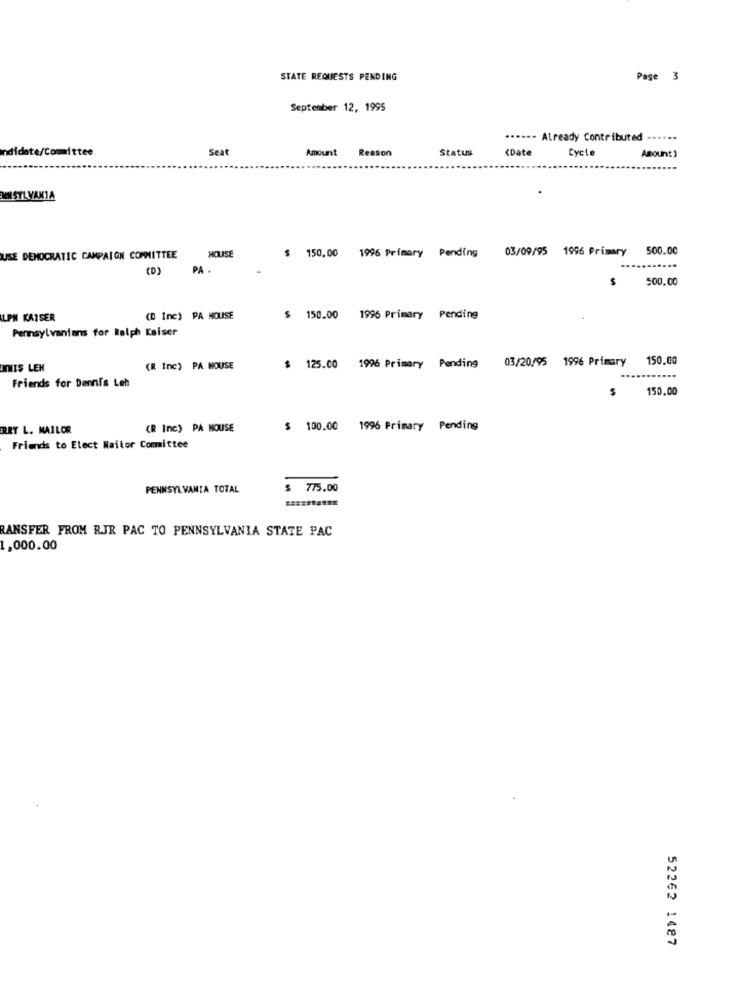
STATE REQUESTS PENDING
Page 3
September 12, 1995
.----- Atready Contributed --....
Seat
Amount Reason
Status
(Date
Cycte
Amount)
WM SYL VANIA
150,00 1996 Primary Pending
03/09/95 1996 Primary
500.00
USE DEMOCRATIC CAMPAIGN COMMITTEE
HOLISE
(D)
PA
$
500.00
LPN KAISER
(D Inc) PA HOUSE
$ 150.00
1996 Primary Pending
Pennsylvanians for Ralph Kaiser
03/20/95 1996 Primary
150.00
INIIŞ LEN
(R Inc) PA HOUSE
$ 125.00 1996 Primary Pending
Friends for Dennis Leh
$
150.00
RET L. MAILOR
(R Inc) PA HOUSE
$ 100.00 1996 Primary Pending
Friends to Elect Mailor Committee
PENNSYLVANIA TOTAL
$ 775.00
RANSFER FROM RJR PAC TO PENNSYLVANIA STATE PAC
1,000.00
52262 1487